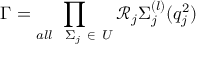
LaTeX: \Gamma = \prod _ { a l l \ \ \Sigma _ { j } \ \in \ U } \mathcal { R } _ { j } \Sigma _ { j } ^ { ( l ) } ( q _ { j } ^ { 2 } )